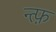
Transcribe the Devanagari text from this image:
न्त्फ़